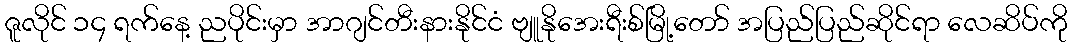
ဇူလိုင် ၁၄ ရက်နေ့ ညပိုင်းမှာ အာဂျင်တီးနားနိုင်ငံ ဗျူနိုအေးရီးစ်မြို့တော် အပြည်ပြည်ဆိုင်ရာ လေဆိပ်ကို